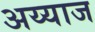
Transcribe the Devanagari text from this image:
अय्याज